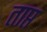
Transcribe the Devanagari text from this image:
ताप्त